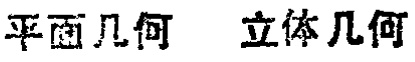
平面几何 立体几何